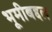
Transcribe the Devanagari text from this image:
भूमीबद्दल